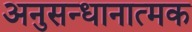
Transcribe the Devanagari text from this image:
अनुसन्धानात्मक